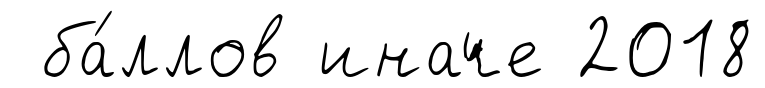
ба́ллов иначе 2018